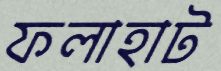
ফলাহাট